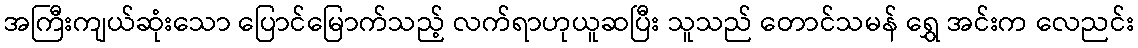
အကြီးကျယ်ဆုံးသော ပြောင်မြောက်သည့် လက်ရာဟုယူဆပြီး သူသည် တောင်သမန် ရွှေ အင်းက လေညင်း